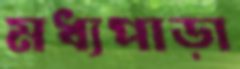
মধ্যপাড়া